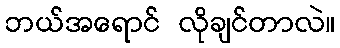
ဘယ်အရောင် လိုချင်တာလဲ။